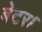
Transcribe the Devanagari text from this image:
बेटर।